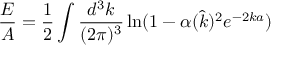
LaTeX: \frac { E } { A } = \frac { 1 } { 2 } \int \frac { d ^ { 3 } k } { ( 2 \pi ) ^ { 3 } } \ln ( 1 - \alpha ( \hat { k } ) ^ { 2 } e ^ { - 2 k a } )